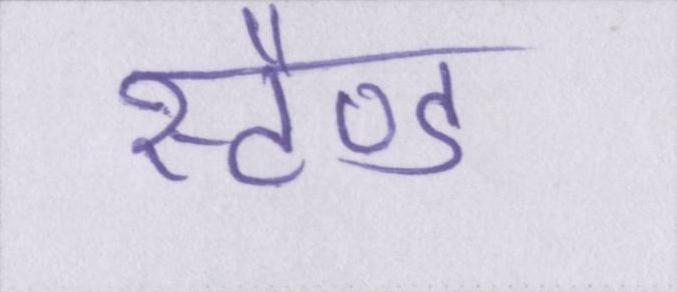
स्टैण्ड